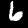
Label: 6